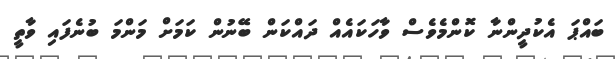
ބައްޕަ އެކުދީންނާ ކޮންމެވެސް ވާހަކައެއް ދައްކަން ބޭނުން ކަމަށް މަންމަ ބުނެފައި ވާތީ